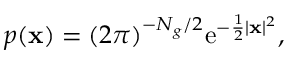
\begin{array} { r } { p ( \mathbf x ) = ( 2 \pi ) ^ { - N _ { g } / 2 } \mathrm { e } ^ { - \frac 1 2 | \mathbf x | ^ { 2 } } , } \end{array}